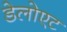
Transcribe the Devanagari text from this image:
डेलोएट